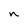
Character: n